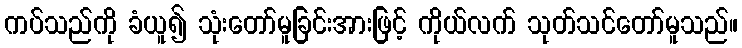
ကပ်သည်ကို ခံယူ၍ သုံးတော်မူခြင်းအားဖြင့် ကိုယ်လက် သုတ်သင်တော်မူသည်။